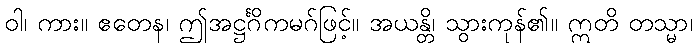
ဝါ၊ ကား။ ဧတေန၊ ဤအဋ္ဌင်္ဂိကမဂ်ဖြင့်။ အယန္တိ၊ သွားကုန်၏။ ဣတိ တသ္မာ၊